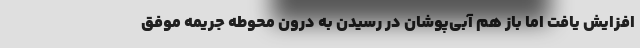
افزایش یافت اما باز هم آبی‌پوشان در رسیدن به درون محوطه جریمه موفق